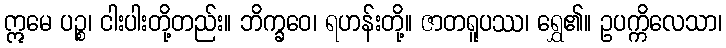
ဣမေ ပဉ္စ၊ ငါးပါးတို့တည်း။ ဘိက္ခဝေ၊ ရဟန်းတို့။ ဇာတရူပဿ၊ ရွှေ၏။ ဥပက္ကိလေသာ၊